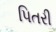
પિતરી